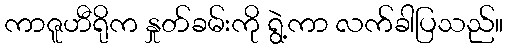
ကာဇူဟီရိုက နှုတ်ခမ်းကို ရွဲ့ကာ လက်ခါပြသည်။